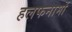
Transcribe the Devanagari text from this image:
हलफनामों